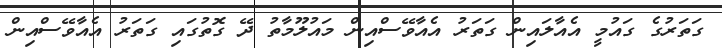
ގަތަރުގެ ގައުމީ އެއާލައިން ގަތަރު އެއާވޭސްއިން މައުލޫމާތު ދޭ ގޮތުގައި ގަތަރު އެއާވޭސްއިން